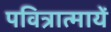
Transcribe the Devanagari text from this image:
पवित्रात्मायें